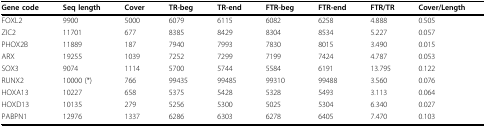
<table><thead><tr><td><b>Gene code</b></td><td><b>Seq length</b></td><td><b>Cover</b></td><td><b>TR-beg</b></td><td><b>TR-end</b></td><td><b>FTR-beg</b></td><td><b>FTR-end</b></td><td><b>FTR/TR</b></td><td><b>Cover/Length</b></td></tr></thead><tbody><tr><td>FOXL2</td><td>9900</td><td>5000</td><td>6079</td><td>6115</td><td>6082</td><td>6258</td><td>4.888</td><td>0.505</td></tr><tr><td>ZIC2</td><td>11701</td><td>677</td><td>8385</td><td>8429</td><td>8304</td><td>8534</td><td>5.227</td><td>0.057</td></tr><tr><td>PHOX2B</td><td>11889</td><td>187</td><td>7940</td><td>7993</td><td>7830</td><td>8015</td><td>3.490</td><td>0.015</td></tr><tr><td>ARX</td><td>19255</td><td>1039</td><td>7252</td><td>7299</td><td>7199</td><td>7424</td><td>4.787</td><td>0.053</td></tr><tr><td>SOX3</td><td>9074</td><td>1114</td><td>5700</td><td>5744</td><td>5584</td><td>6191</td><td>13.795</td><td>0.122</td></tr><tr><td>RUNX2</td><td>10000 (*)</td><td>766</td><td>99435</td><td>99485</td><td>99310</td><td>99488</td><td>3.560</td><td>0.076</td></tr><tr><td>HOXA13</td><td>10227</td><td>658</td><td>5375</td><td>5428</td><td>5328</td><td>5493</td><td>3.113</td><td>0.064</td></tr><tr><td>HOXD13</td><td>10135</td><td>279</td><td>5256</td><td>5300</td><td>5025</td><td>5304</td><td>6.340</td><td>0.027</td></tr><tr><td>PABPN1</td><td>12976</td><td>1337</td><td>6286</td><td>6303</td><td>6278</td><td>6405</td><td>7.470</td><td>0.103</td></tr></tbody></table>